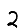
Digit: 2